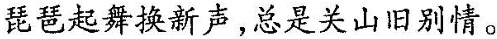
琵琶起舞换新声，总是关山旧别情。